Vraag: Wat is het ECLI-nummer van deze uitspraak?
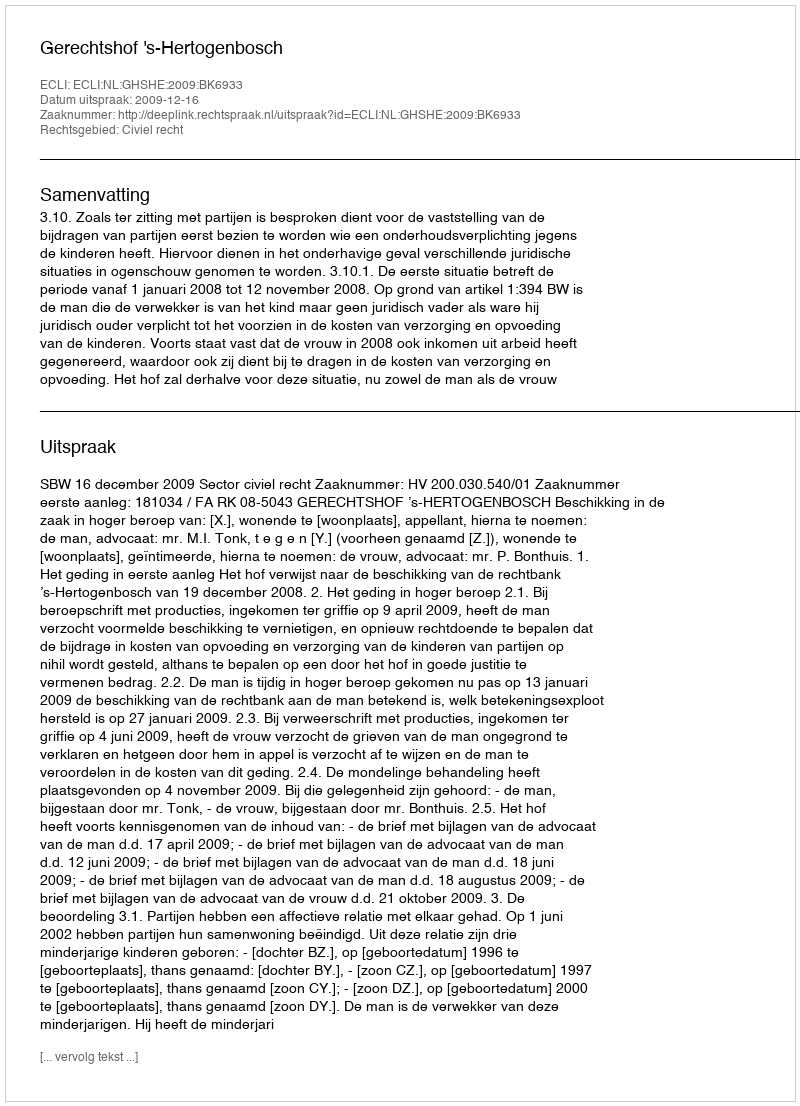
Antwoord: ECLI:NL:GHSHE:2009:BK6933